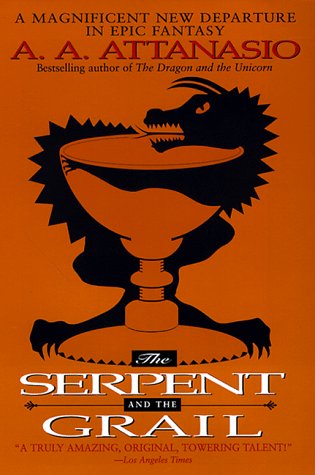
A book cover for The Serpent and the Grail; A. A. Attanasio; Science Fiction & Fantasy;